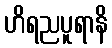
ဟိရညပူရာနိ